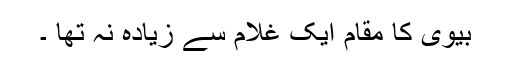
بیوی کا مقام ایک غلام سے زیادہ نہ تھا ۔